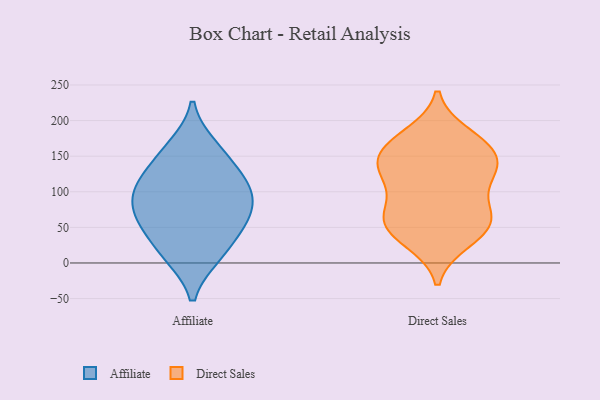
{"axis": {"x": "Energy Usage (MWh)", "y": "Value"}, "legend": ["Affiliate", "Direct Sales"], "data": [{"x": "", "y": 100, "type": "Affiliate"}, {"x": "", "y": 152, "type": "Affiliate"}, {"x": "", "y": 10, "type": "Affiliate"}, {"x": "", "y": 11, "type": "Affiliate"}, {"x": "", "y": 75, "type": "Affiliate"}, {"x": "", "y": 116, "type": "Affiliate"}, {"x": "", "y": 118, "type": "Affiliate"}, {"x": "", "y": 67, "type": "Affiliate"}, {"x": "", "y": 51, "type": "Affiliate"}, {"x": "", "y": 52, "type": "Affiliate"}, {"x": "", "y": 98, "type": "Affiliate"}, {"x": "", "y": 164, "type": "Affiliate"}, {"x": "", "y": 161, "type": "Direct Sales"}, {"x": "", "y": 69, "type": "Direct Sales"}, {"x": "", "y": 145, "type": "Direct Sales"}, {"x": "", "y": 161, "type": "Direct Sales"}, {"x": "", "y": 33, "type": "Direct Sales"}, {"x": "", "y": 115, "type": "Direct Sales"}, {"x": "", "y": 131, "type": "Direct Sales"}, {"x": "", "y": 58, "type": "Direct Sales"}, {"x": "", "y": 61, "type": "Direct Sales"}, {"x": "", "y": 173, "type": "Direct Sales"}, {"x": "", "y": 103, "type": "Direct Sales"}, {"x": "", "y": 30, "type": "Direct Sales"}, {"x": "", "y": 180, "type": "Direct Sales"}, {"x": "", "y": 60, "type": "Direct Sales"}, {"x": "", "y": 131, "type": "Direct Sales"}, {"x": "", "y": 60, "type": "Direct Sales"}, {"x": "", "y": 136, "type": "Direct Sales"}]}